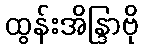
ထွန်းအိန္ဒြာဗို